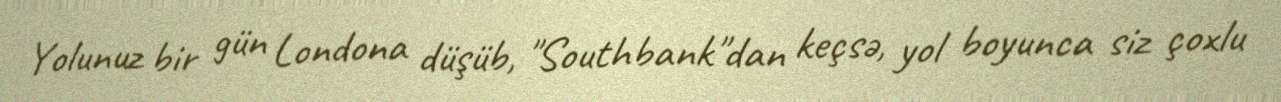
Yolunuz bir gün Londona düşüb, "Southbank"dan keçsə, yol boyunca siz çoxlu